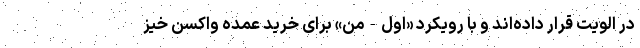
در الویت قرار داده‌اند و با رویکرد «اول-من» برای خرید عمده واکسن خیز